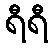
ရီရီ